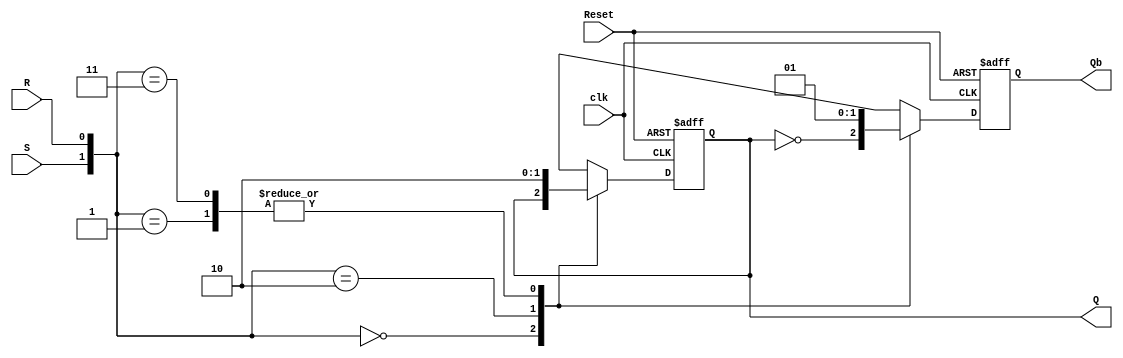
`timescale 1ns / 1ps
//////////////////////////////////////////////////////////////////////////////////
// Company: 
// Engineer: 
// 
// Design Name: 
// Module Name:    RS 
// Project Name: 
// Target Devices: 
// Tool versions: 
// Description: 
//
// Dependencies: 
//
// Revision: 
// Revision 0.01 - File Created
// Additional Comments: 
//
//////////////////////////////////////////////////////////////////////////////////
module RS(
    input R,
    input S,
    input clk,
    input Reset,
    output  reg Q,
    output  reg Qb
    );
	 always@(posedge clk,negedge Reset)
	 begin
	 if(Reset==0)
	 begin
	 Q=1'b0;
	 Qb=1'b1;
	 end
	 else
	 begin
	 case({S,R})
	 2'b00:
	 begin 
	 Q=Q; 
	 Qb=!Q;
	 end
	 2'b01: begin
	 Q=1'b0;
	 Qb=1'b1;
	 end
	 2'b10: begin
	 Q=1'b1;
	 Qb=1'b0;
	 end
	 2'b11: begin
	 Q=1'b0;
	 Qb=1'b1;
	 end
	 endcase
	 end
	 end
endmodule